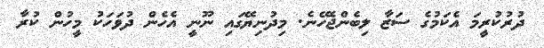
ދުރުކުރީމަ އެކަމުގެ ސަޒާ ލިބެންޖެހޭނެ. މިދުނިޔޭގައި ނޫނީ އެހެން ދުވަހަކު މީހުން ކުރާ